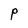
Character: P